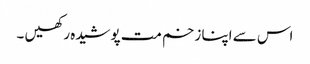
اس سے اپنا زخم مت پوشیدہ رکھیں ۔